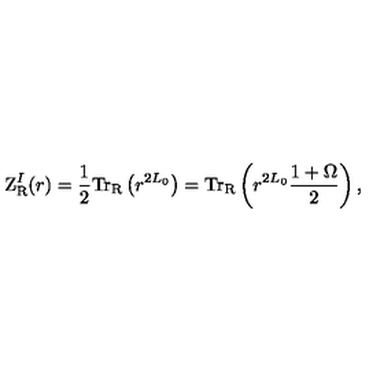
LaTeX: \mathrm { Z } _ { \mathrm { R } } ^ { I } ( r ) = \frac { 1 } { 2 } \mathrm { T r } _ { \mathrm { R } } \left( r ^ { 2 L _ { 0 } } \right) = \mathrm { T r } _ { \mathrm { R } } \left( r ^ { 2 L _ { 0 } } { \frac { 1 + \Omega } { 2 } } \right) ,